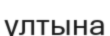
ұлтына